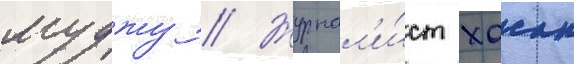
муджу // Журнал'и́ст хасан